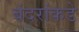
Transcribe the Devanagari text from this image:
बंदरांकडे